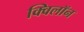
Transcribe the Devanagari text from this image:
क्विलॉन